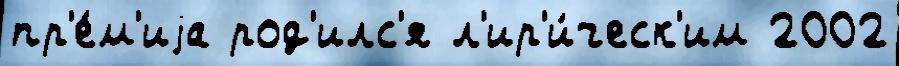
пр'е́м'иjа род'илс'я л'ир'и́ческ'им 2002